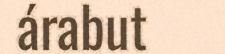
árabut